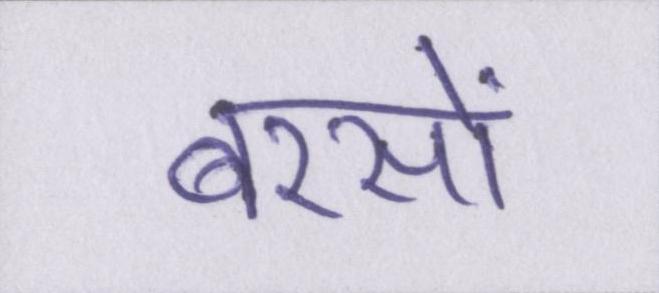
बरसों